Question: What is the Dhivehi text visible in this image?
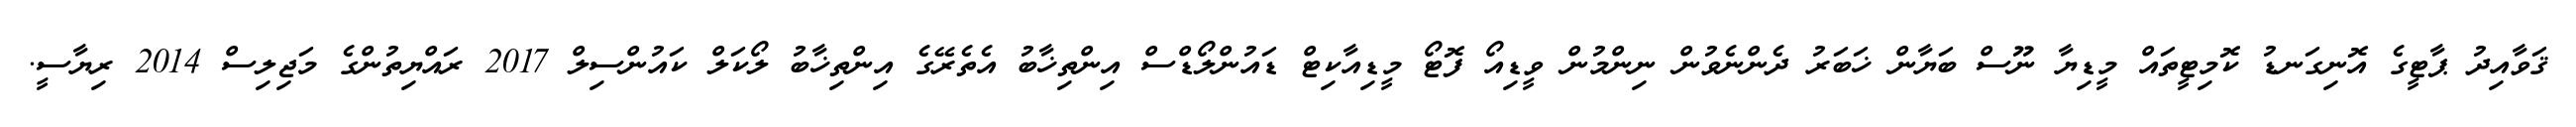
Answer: ޤަވާއިދު ޕާޓީގެ އޮނިގަނޑު ކޮމިޓީތައް މީޑިޔާ ނޫސް ބަޔާން ޚަބަރު ދެންނެވުން ނިންމުން ވީޑިއޯ ފޮޓޯ މީޑިއާކިޓް ޑައުންލޯޑްސް އިންތިޚާބު އެތެރޭގެ އިންތިޚާބު ލޯކަލް ކައުންސިލް 2017 ރައްޔިތުންގެ މަޖިލިސް 2014 ރިޔާސީ.